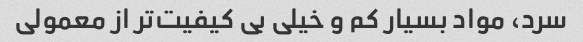
سرد، مواد بسیار کم و خیلی بی کیفیت‌تر از معمولی